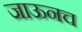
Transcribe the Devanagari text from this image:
जाऊनच